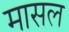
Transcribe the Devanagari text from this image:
मासल